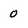
Character: 0